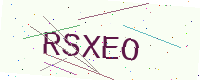
Text: RSXEO